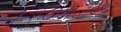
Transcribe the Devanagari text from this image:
३२०क्ष२४०